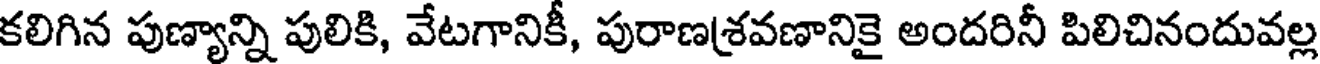
కలిగిన పుణ్యాన్ని పులికి, వేటగానికీ, పురాణశ్రవణానికై అందరినీ పిలిచినందువల్ల